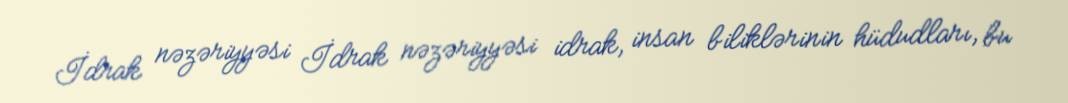
İdrak nəzəriyyəsi İdrak nəzəriyyəsi idrak, insan biliklərinin hüdudları, bu